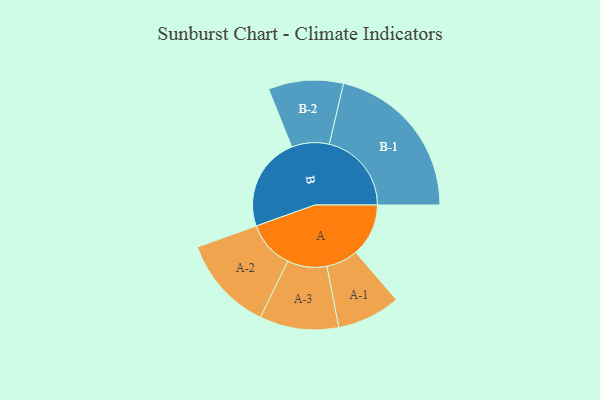
{"axis": {"x": "Segment", "y": "Value"}, "legend": ["", "A", "B"], "data": [{"x": "A", "y": 183, "type": ""}, {"x": "B", "y": 326, "type": ""}, {"x": "A-1", "y": 110, "type": "A"}, {"x": "A-2", "y": 165, "type": "A"}, {"x": "A-3", "y": 137, "type": "A"}, {"x": "B-1", "y": 285, "type": "B"}, {"x": "B-2", "y": 130, "type": "B"}]}